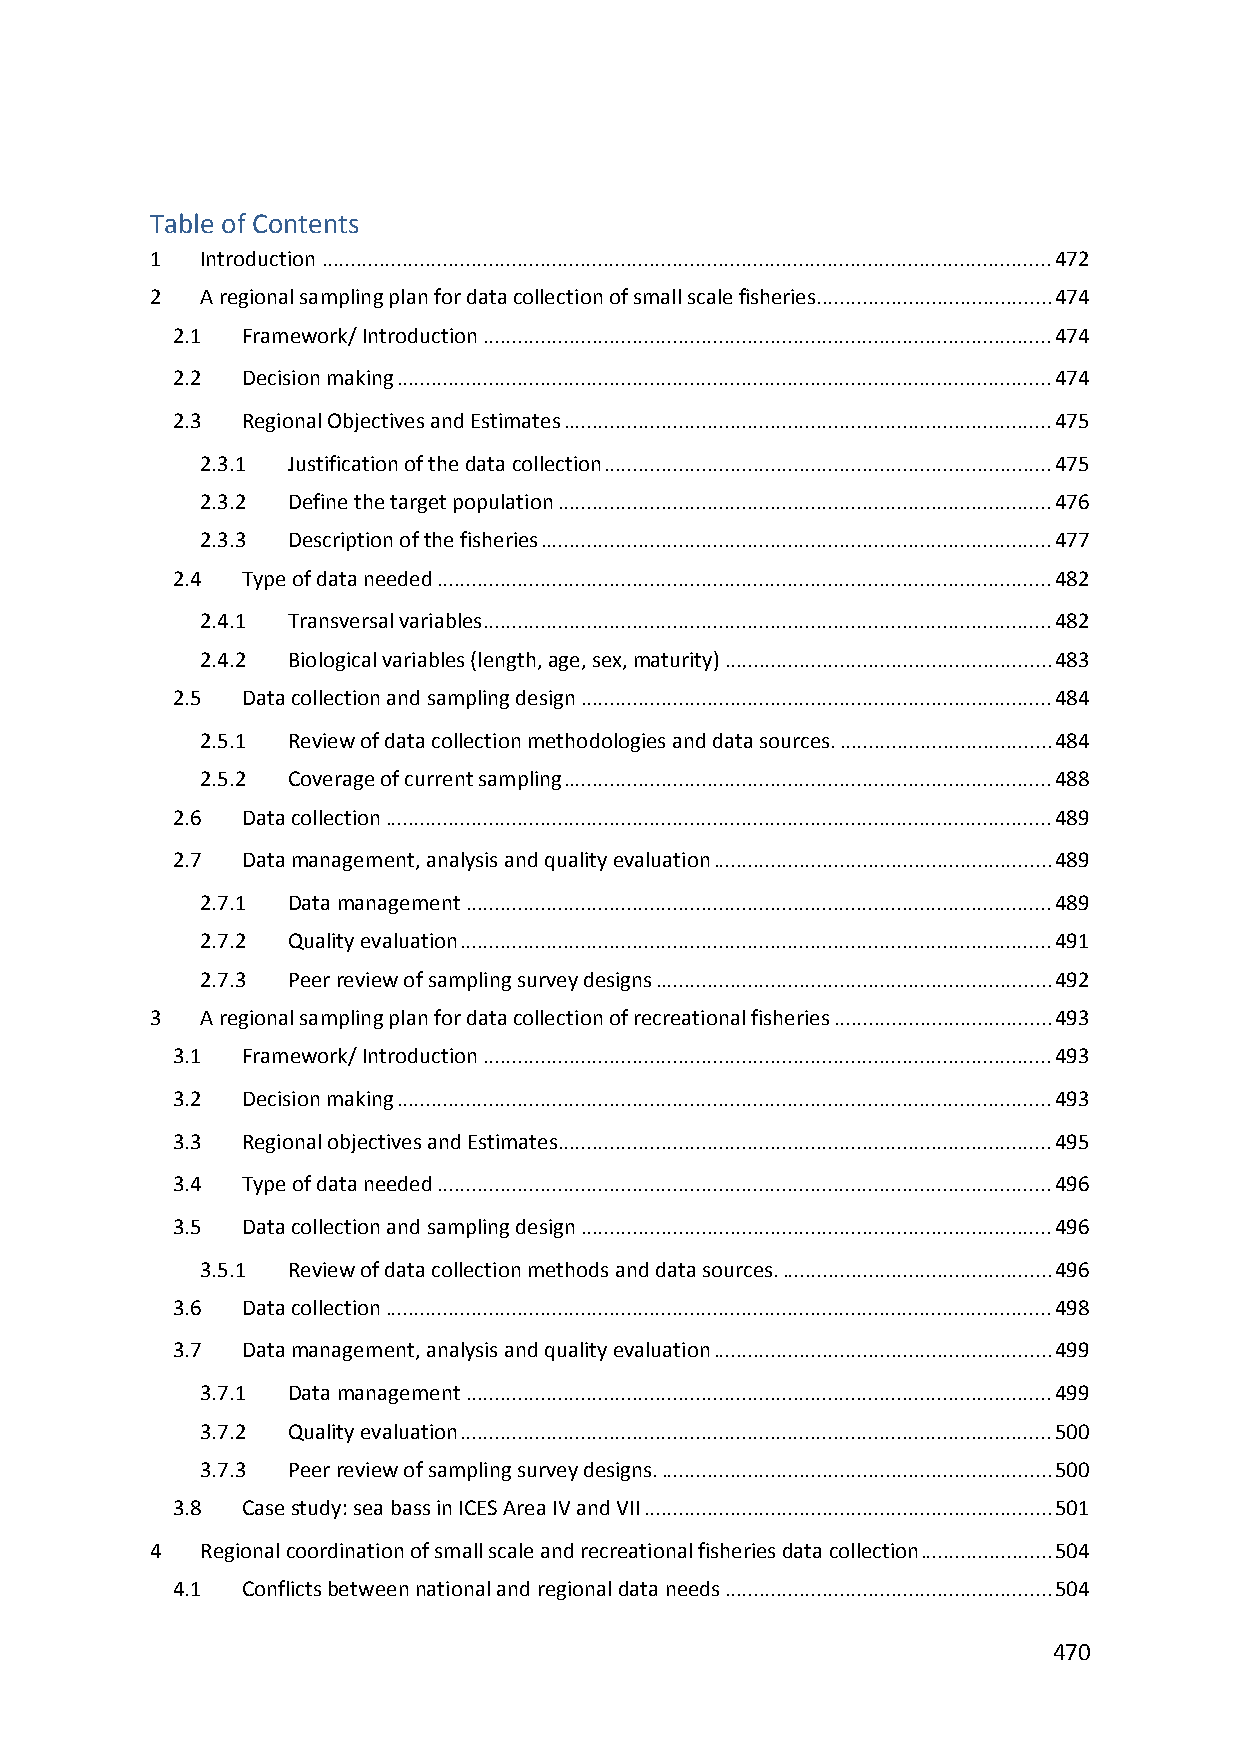
Table of Contents
 1  Introduction ............................................................................................................................... 472
 2  A regional sampling plan for data collection of small scale fisheries......................................... 474
 2.1  Framework/ Introduction ................................................................................................... 474
 2.2  Decision making .................................................................................................................. 474
 2.3  Regional Objectives and Estimates ..................................................................................... 475
 2.3.1 Justification of the data collection .............................................................................. 475
 2.3.2 Define the target population ...................................................................................... 476
 2.3.3 Description of the fisheries ......................................................................................... 477
 2.4  Type of data needed ........................................................................................................... 482
 2.4.1 Transversal variables ................................................................................................... 482
 2.4.2 Biological variables (length, age, sex, maturity) ......................................................... 483
 2.5  Data collection and sampling design .................................................................................. 484
 2.5.1 Review of data collection methodologies and data sources. ..................................... 484
 2.5.2 Coverage of current sampling ..................................................................................... 488
 2.6  Data collection .................................................................................................................... 489
 2.7  Data management, analysis and quality evaluation ........................................................... 489
 2.7.1 Data management ...................................................................................................... 489
 2.7.2 Quality evaluation ....................................................................................................... 491
 2.7.3 Peer review of sampling survey designs ..................................................................... 492
 3  A regional sampling plan for data collection of recreational fisheries ...................................... 493
 3.1  Framework/ Introduction ................................................................................................... 493
 3.2  Decision making .................................................................................................................. 493
 3.3  Regional objectives and Estimates ...................................................................................... 495
 3.4  Type of data needed ........................................................................................................... 496
 3.5  Data collection and sampling design .................................................................................. 496
 3.5.1 Review of data collection methods and data sources. ............................................... 496
 3.6  Data collection .................................................................................................................... 498
 3.7  Data management, analysis and quality evaluation ........................................................... 499
 3.7.1 Data management ...................................................................................................... 499
 3.7.2 Quality evaluation ....................................................................................................... 500
 3.7.3 Peer review of sampling survey designs. .................................................................... 500
 3.8  Case study: sea bass in ICES Area IV and VII ....................................................................... 501
 4  Regional coordination of small scale and recreational fisheries data collection ....................... 504
 4.1  Conflicts between national and regional data needs ......................................................... 504
 470